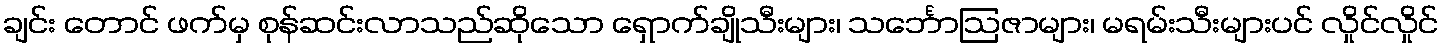
ချင်း တောင် ဖက်မှ စုန်ဆင်းလာသည်ဆိုသော ရှောက်ချိုသီးများ၊ သင်္ဘောဩဇာများ၊ မရမ်းသီးများပင် လှိုင်လှိုင်